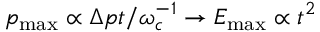
p _ { \mathrm { m a x } } \propto \Delta p t / \omega _ { c } ^ { - 1 } \to E _ { \mathrm { m a x } } \propto t ^ { 2 }